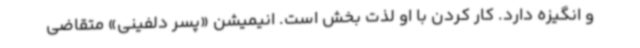
و انگیزه دارد. کار کردن با او لذت بخش است. انیمیشن «پسر دلفینی» متقاضی